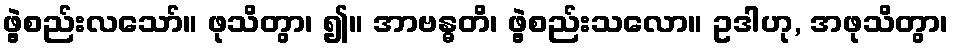
ဖွဲ့စည်းလသော်။ ဖုသိတွာ၊ ၍။ အာဗန္ဓတိ၊ ဖွဲ့စည်းသလော။ ဥဒါဟု, အဖုသိတွာ၊